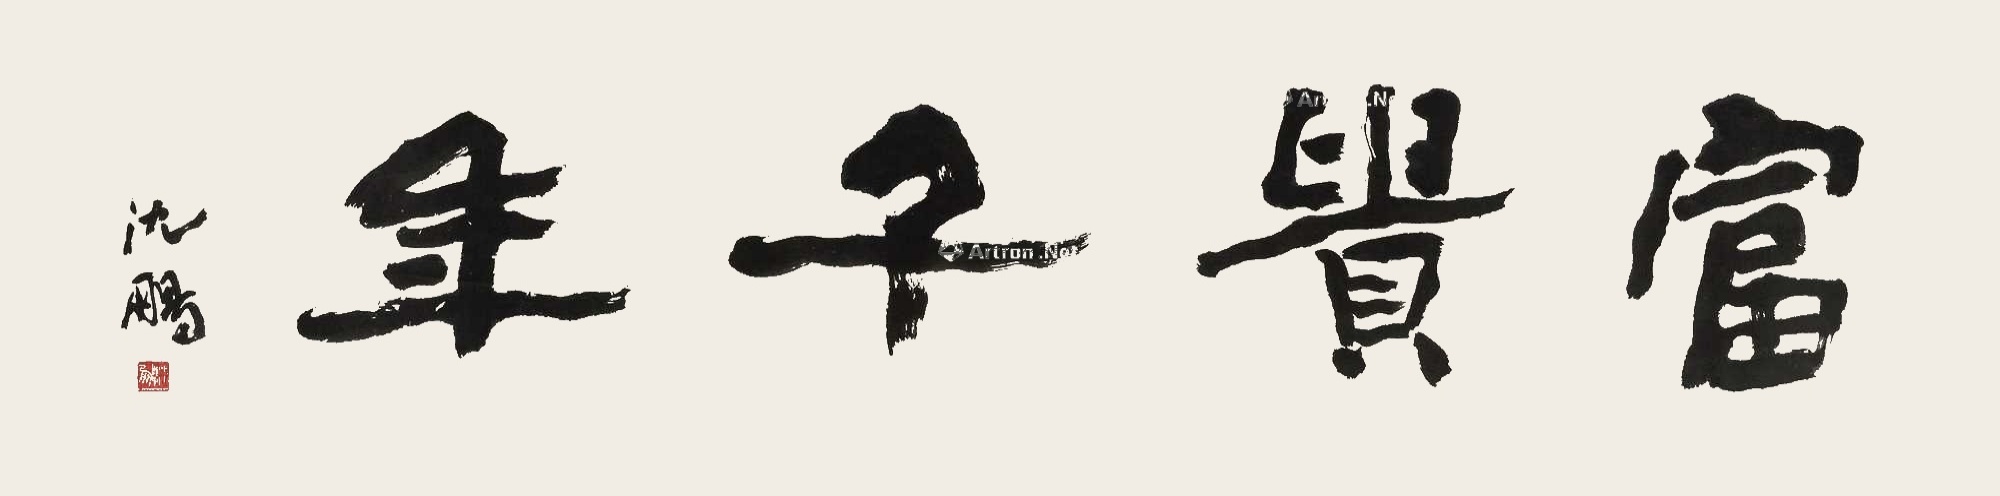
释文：富贵千年沈鹏